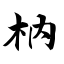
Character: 枘